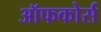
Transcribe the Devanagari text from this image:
ऑफकोर्स